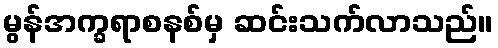
မွန်အက္ခရာစနစ်မှ ဆင်းသက်လာသည်။